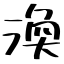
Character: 渙